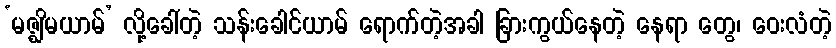
‘မဇ္ဈိမယာမ်’ လို့ခေါ်တဲ့ သန်းခေါင်ယာမ် ရောက်တဲ့အခါ ခြားကွယ်နေတဲ့ နေရာ တွေ၊ ဝေးလံတဲ့